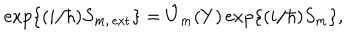
LaTeX: \mathrm { e x p } \{ ( i / \hbar ) S _ { m , \, \mathrm { e x t } } \} = \hat { U } _ { m } ( Y ) \, \mathrm { e x p } \{ ( i / \hbar ) S _ { m } \} ,